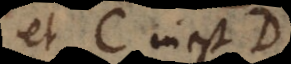
et C inest D.